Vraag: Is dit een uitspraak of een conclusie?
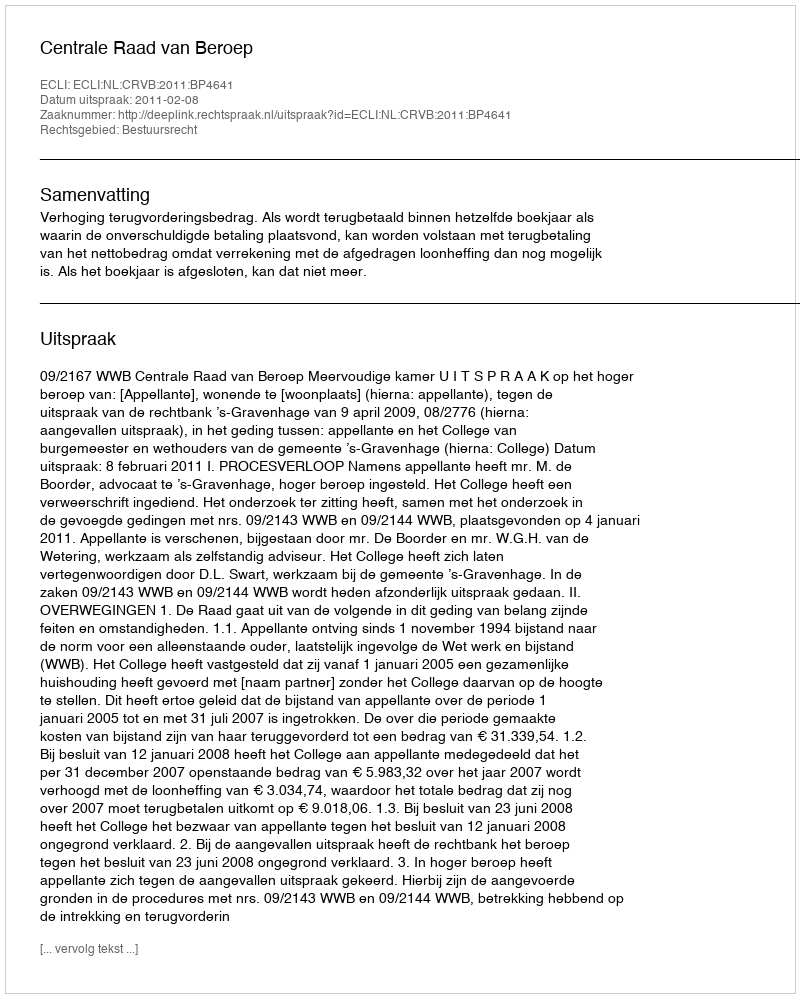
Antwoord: Uitspraak